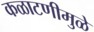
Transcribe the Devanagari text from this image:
कळाटणीमुळे